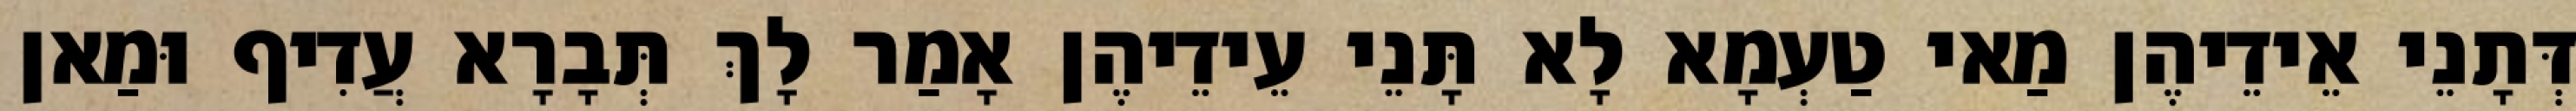
דְּתָנֵי אֵידֵיהֶן מַאי טַעְמָא לָא תָּנֵי עֵידֵיהֶן אָמַר לָךְ תְּבָרָא עֲדִיף וּמַאן